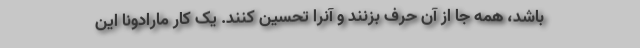
باشد، همه جا از آن حرف بزنند و آنرا تحسین کنند. یک کار مارادونا این